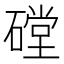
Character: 𰧙